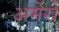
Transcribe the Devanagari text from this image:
अर्मेरो